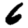
Digit: 6